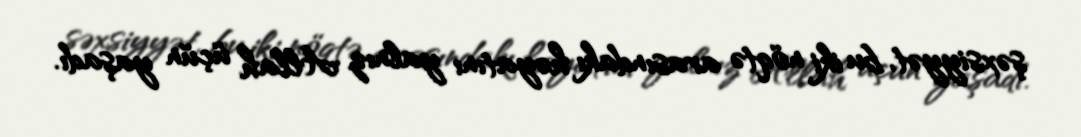
şəxsiyyət, bu iki nöqtə arasındakı həyatını yalnız Allah üçün yaşadı.